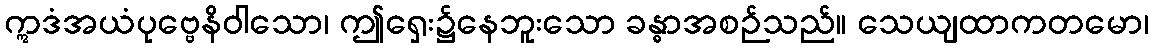
ဣဒံအယံပုဗ္ဗေနိဝါသော၊ ဤရှေး၌နေဘူးသော ခန္ဓာအစဉ်သည်။ သေယျထာကတမော၊